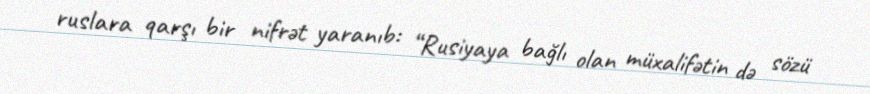
ruslara qarşı bir nifrət yaranıb: “Rusiyaya bağlı olan müxalifətin də sözü